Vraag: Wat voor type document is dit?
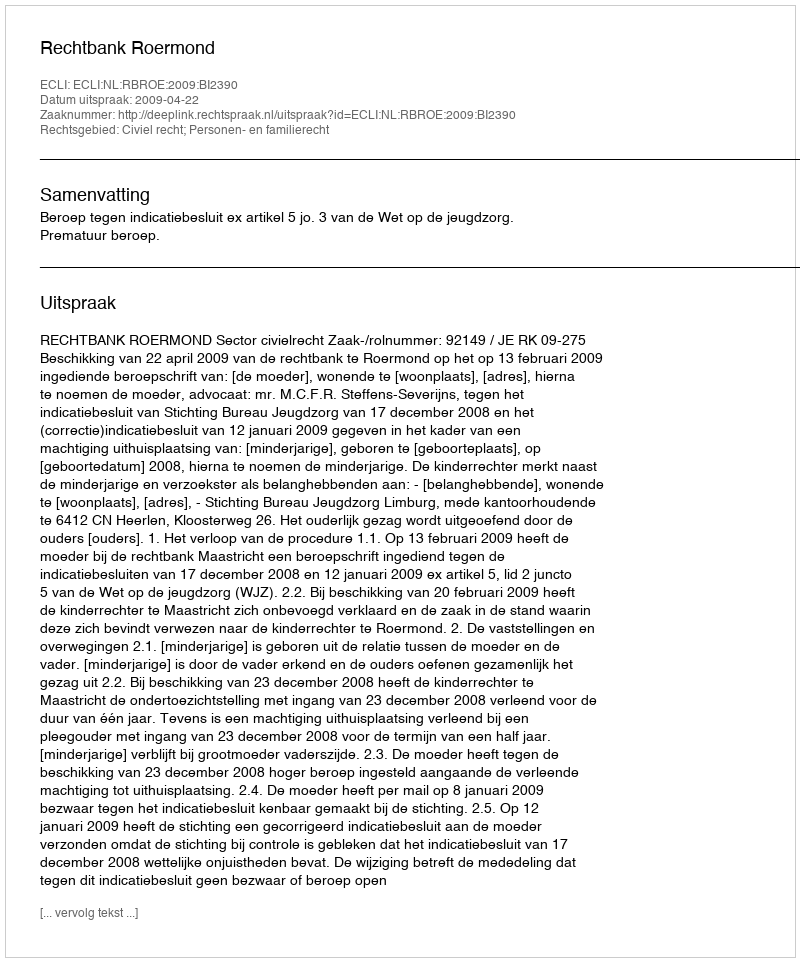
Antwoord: Uitspraak